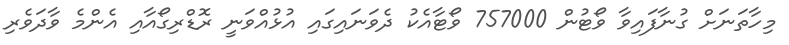
މިހާތަނަށް ގުނާފައިވާ ވޯޓުން 757000 ވޯޓާއެކު ދެވަނައިގައި އުޅުއްވަނީ ރޮޑްރިގޯއާއި އެންމެ ވާދަވެރި